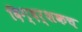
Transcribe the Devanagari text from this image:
दिग्दर्शकच